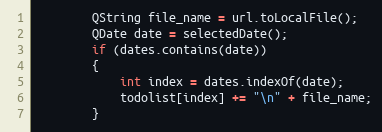
Language: C++
        QString file_name = url.toLocalFile();
        QDate date = selectedDate();
        if (dates.contains(date))
        {
            int index = dates.indexOf(date);
            todolist[index] += "\n" + file_name;
        }